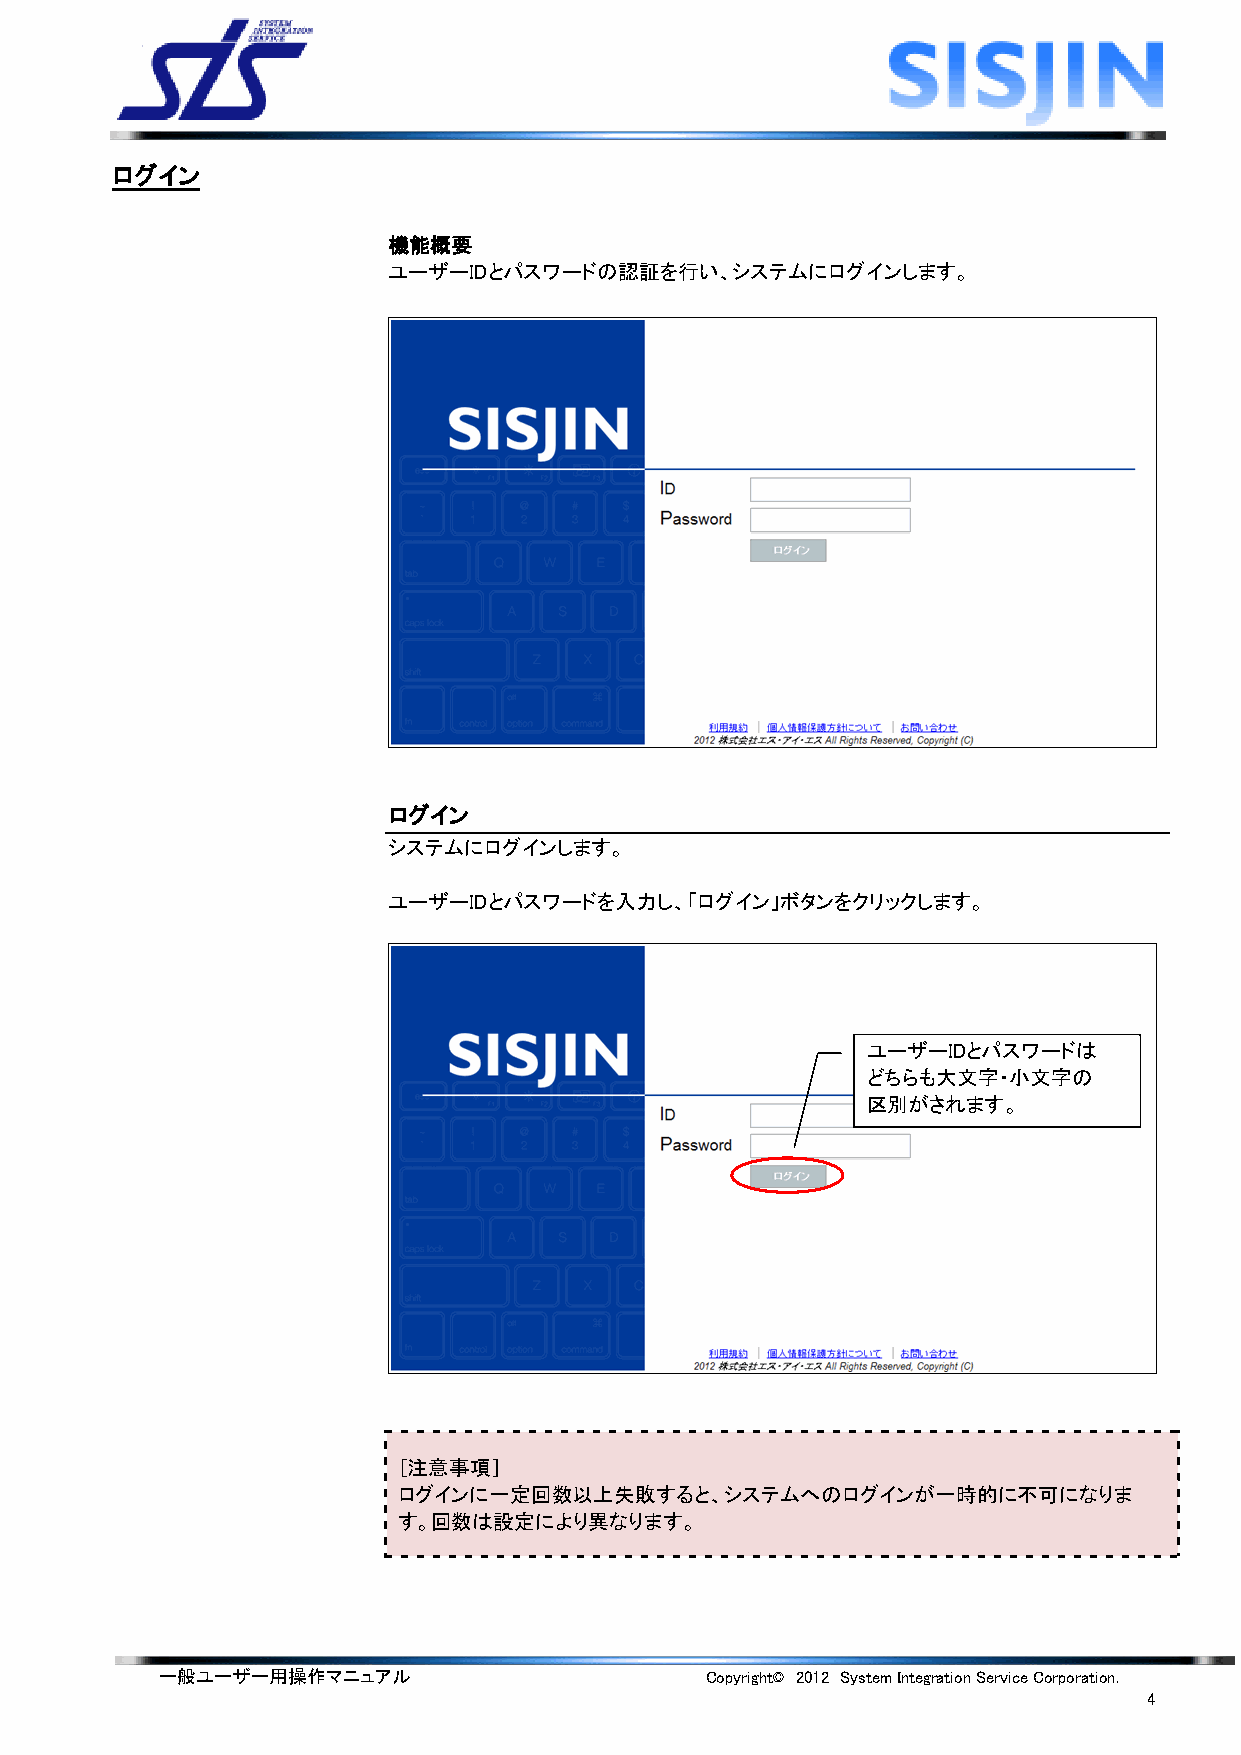
ログイン
 機能概要
 ユーザーIDとパスワードの認証を行い、システムにログインします。
 ログイン
 システムにログインします。
 ユーザーIDとパスワードを入力し、「ログイン」ボタンをクリックします。
 ユーザーIDとパスワードは
 どちらも大文字・小文字の
 区別がされます。
 ［注意事項］
 ログインに一定回数以上失敗すると、システムへのログインが一時的に不可になりま
 す。回数は設定により異なります。
 一般ユーザー用操作マニュアル                      Copyright© 2012 System Integration Service Corporation.
 4